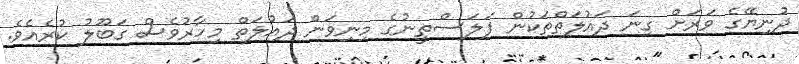
ދުނިޔޭގެ ވަރަށް ގިނަ ދައުލަތްތަކުން ފަލަސްތީނުގެ މިނިވަން ދައުލަތް މިހާރުވެސް ގަބޫލު ކުރެއެވެ.